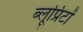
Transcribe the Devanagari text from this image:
ब्लूप्रिंटों